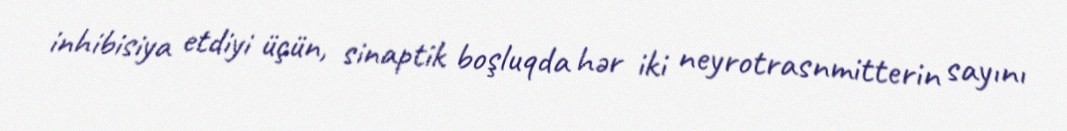
inhibisiya etdiyi üçün, sinaptik boşluqda hər iki neyrotrasnmitterin sayını